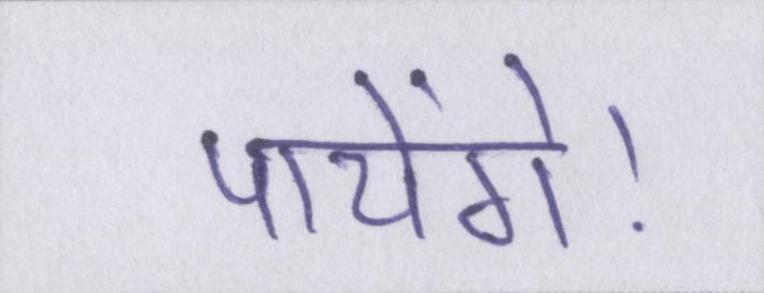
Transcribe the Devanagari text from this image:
पायेंगे।